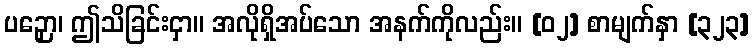
ပဉှော၊ ဤသိခြင်းငှာ။ အလိုရှိအပ်သော အနက်ကိုလည်း။ [၀၂] စာမျက်နှာ [၃၂၃]